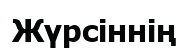
Жүрсіннің